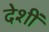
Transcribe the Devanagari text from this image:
देशीं